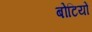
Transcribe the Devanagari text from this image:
बोटियों